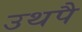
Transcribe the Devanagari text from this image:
उथपै